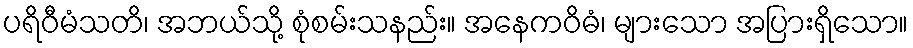
ပရိဝီမံသတိ၊ အဘယ်သို့ စုံစမ်းသနည်း။ အနေကဝိဓံ၊ များသော အပြားရှိသော။